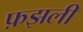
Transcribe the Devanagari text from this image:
फ़झली